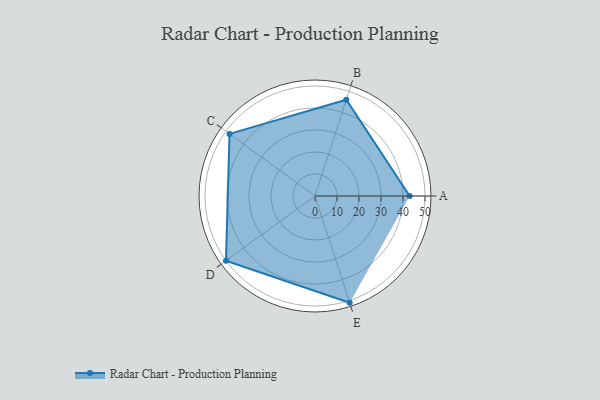
{"axis": {"x": "Skill", "y": "Score"}, "legend": ["Profile"], "data": [{"x": "A", "y": 43.0, "type": "Profile"}, {"x": "B", "y": 46.0, "type": "Profile"}, {"x": "C", "y": 48.0, "type": "Profile"}, {"x": "D", "y": 50.0, "type": "Profile"}, {"x": "E", "y": 51.0, "type": "Profile"}]}